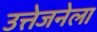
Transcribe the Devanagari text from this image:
उत्तेजनेला